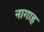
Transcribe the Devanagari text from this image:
नागाह